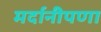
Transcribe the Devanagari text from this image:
मर्दानीपणा